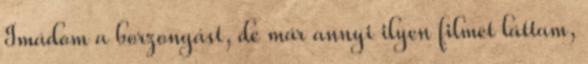
Imádom a borzongást, de már annyi ilyen filmet láttam,